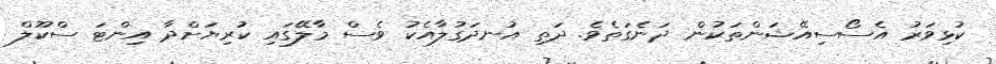
ކުޅިވަރު އެސޯސިއޭޝަންތަކުން ދަނެގަތެވެ. ދަތި އުނދަގުލާއެކު ވެސް މާލޭގައި ކުރިޔަށްދާ އިންޓަ ސްކޫލް